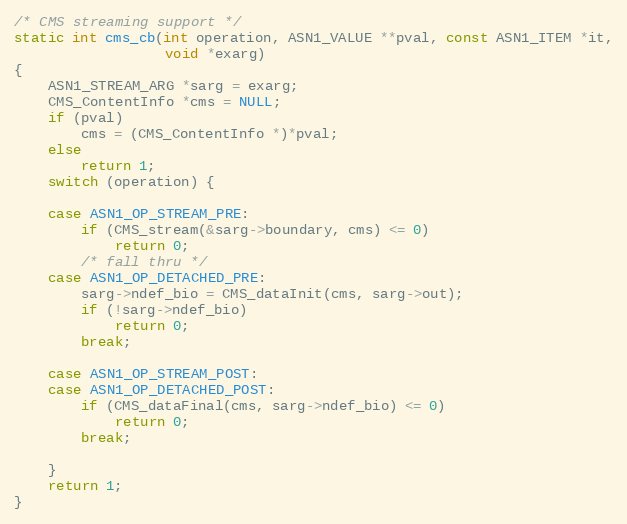
Language: C
/* CMS streaming support */
static int cms_cb(int operation, ASN1_VALUE **pval, const ASN1_ITEM *it,
                  void *exarg)
{
    ASN1_STREAM_ARG *sarg = exarg;
    CMS_ContentInfo *cms = NULL;
    if (pval)
        cms = (CMS_ContentInfo *)*pval;
    else
        return 1;
    switch (operation) {

    case ASN1_OP_STREAM_PRE:
        if (CMS_stream(&sarg->boundary, cms) <= 0)
            return 0;
        /* fall thru */
    case ASN1_OP_DETACHED_PRE:
        sarg->ndef_bio = CMS_dataInit(cms, sarg->out);
        if (!sarg->ndef_bio)
            return 0;
        break;

    case ASN1_OP_STREAM_POST:
    case ASN1_OP_DETACHED_POST:
        if (CMS_dataFinal(cms, sarg->ndef_bio) <= 0)
            return 0;
        break;

    }
    return 1;
}